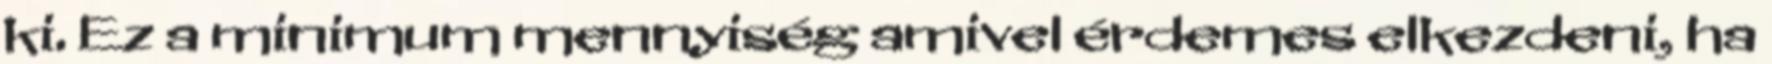
ki. Ez a minimum mennyiség amivel érdemes elkezdeni, ha